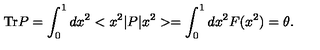
\mathrm { T r } P = \int _ { 0 } ^ { 1 } d x ^ { 2 } < x ^ { 2 } | P | x ^ { 2 } > = \int _ { 0 } ^ { 1 } d x ^ { 2 } F ( x ^ { 2 } ) = \theta .